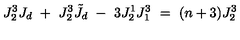
J _ { 2 } ^ { 3 } J _ { d } \ + \ J _ { 2 } ^ { 3 } \tilde { J } _ { d } \ - \ 3 J _ { 2 } ^ { 1 } J _ { 1 } ^ { 3 } \ = \ ( n + 3 ) J _ { 2 } ^ { 3 }